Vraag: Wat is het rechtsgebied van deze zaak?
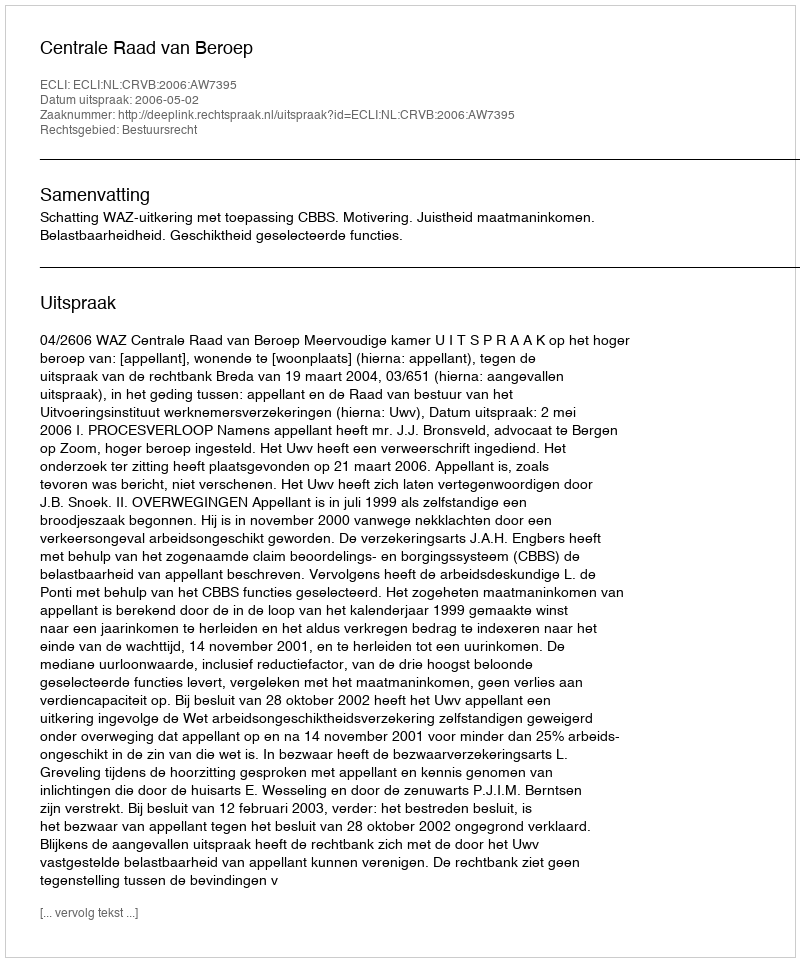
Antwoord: Bestuursrecht